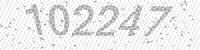
Solution: 102247